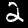
Digit: 2